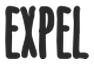
EXPEL